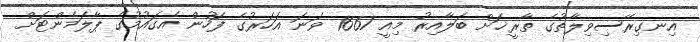
އިނގިރޭސިވިލާތުގެ ތާރީޚަށް ބަލާއިރު މިއީ 1667 ވަނަ އަހަރުގެ ފަހުން އެގައުމުގެ ޕާލަމެންޓަށް